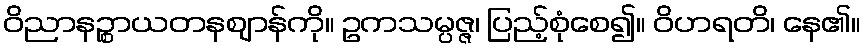
ဝိညာနဉ္စာယတနဈာန်ကို။ ဥကသမ္ပဇ္ဇ၊ ပြည့်စုံစေ၍။ ဝိဟရတိ၊ နေ၏။